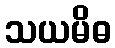
သယမိဓ